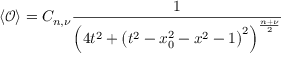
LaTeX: \left\langle \mathcal { O } \right\rangle = C _ { n , \nu } \frac { 1 } { \left( 4 t ^ { 2 } + \left( t ^ { 2 } - x _ { 0 } ^ { 2 } - x ^ { 2 } - 1 \right) ^ { 2 } \right) ^ { \frac { n + \nu } { 2 } } }